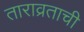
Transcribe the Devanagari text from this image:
ताराव्रताची